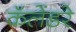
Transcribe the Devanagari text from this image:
कॅलेंडरे